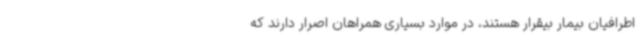
اطرافیان بیمار بیقرار هستند، در موارد بسیاری همراهان اصرار دارند که